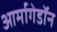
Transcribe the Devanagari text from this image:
आर्मागेडॉन